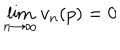
\lim _ { n \to \infty } v _ { n } ( p ) = 0